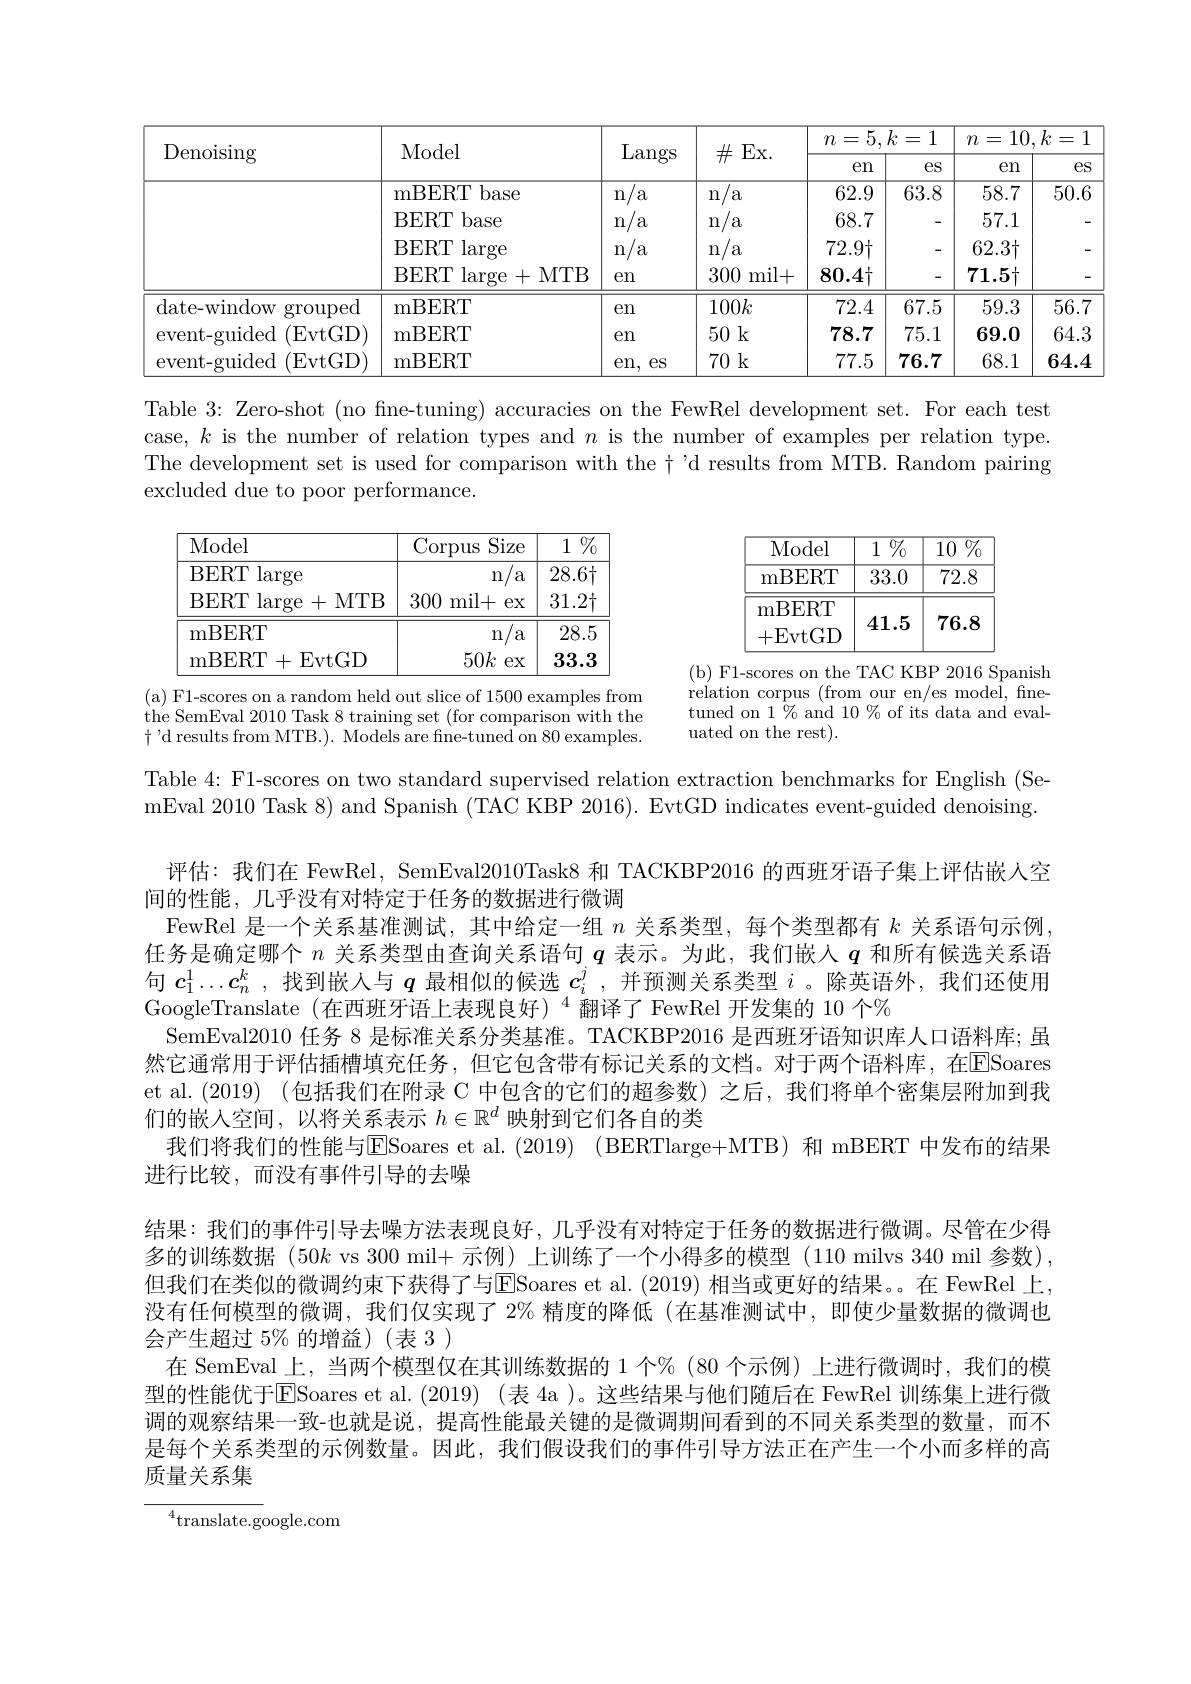
<table>
	<tbody>
		<tr>
			<th rowspan="2">Denoising</th>
			<th rowspan="2">Model</th>
			<th rowspan="2">Langs</th>
			<th> </th>
			<th colspan="2">$=5,k=1$ = $m$</th>
			<th colspan="2">$n=$ $10,k=$</th>
		</tr>
		<tr>
			<th>$\textit{サ 山 }\Lambda .$</th>
			<th>$en$</th>
			<th>$eS$</th>
			<th>en</th>
			<th>$e$</th>
		</tr>
		<tr>
			<td> </td>
			<td>mBERT base</td>
			<td>$\Upsilon n$ $a$</td>
			<td>$n$ a</td>
			<td>62.9</td>
			<td>63.8</td>
			<td>58.7</td>
			<td>$\overline{50.}$</td>
		</tr>
		<tr>
			<td> </td>
			<td>BERT base</td>
			<td>$a$ $\Upsilon n$</td>
			<td>n $a$</td>
			<td>68.7</td>
			<td>-</td>
			<td>57.1</td>
			<td> </td>
		</tr>
		<tr>
			<td> </td>
			<td>BERT $\operatorname{large}$</td>
			<td>$\Upsilon n$ $a$</td>
			<td>n $a$</td>
			<td>$72.9\dag$</td>
			<td>-</td>
			<td>$62.3\dag$</td>
			<td> </td>
		</tr>
		<tr>
			<td> </td>
			<td>BERT large+ MTB</td>
			<td>en</td>
			<td>300 mil+</td>
			<td>80.4</td>
			<td>-</td>
			<td>71.5十</td>
			<td> </td>
		</tr>
		<tr>
			<td>date- window grouped</td>
			<td>mBERT</td>
			<td>en</td>
			<td>$100k$</td>
			<td>72.4</td>
			<td>67.5</td>
			<td>59.3</td>
			<td>56.</td>
		</tr>
		<tr>
			<td>event-guided (EvtGD</td>
			<td>mBERT</td>
			<td>en</td>
			<td>50k</td>
			<td>78.7</td>
			<td>75.1</td>
			<td>69.0</td>
			<td>64.</td>
		</tr>
		<tr>
			<td>event-guided (EvtGD)</td>
			<td>mBERT</td>
			<td>en, $eS$</td>
			<td>70k</td>
			<td>77.5</td>
			<td>76.7</td>
			<td>68.1</td>
			<td>64.</td>
		</tr>
	</tbody>
</table>

Table 3: Zero-shot (no fne-tuning) accuracies on the FewRel development set. For each test case, $k$ is the number of relation types and $n$ is the number of examples per relation type. The development set is used for comparison with the t'd results from MTB. Random pairing excluded due to poor performance.

$\begin{array}{c|ccc}{\mathrm{Model}}&{1\%}&{10\%}\end{array}$ $\begin{array}{c|cc}{\mathrm{mBERT}}&{33.0}&{72.8}\end{array}$ mBERT
$41.5\mid76.8$
+EvtGD

<table>
	<tbody>
		<tr>
			<th>Model</th>
			<th>Corpus Size</th>
			<th>1 $\%$</th>
		</tr>
		<tr>
			<td>BERT large </td>
			<td>n $I2A$</td>
			<td>$28.6\dagger$</td>
		</tr>
		<tr>
			<td>BERT large+MTB</td>
			<td>300 mil+ $eX$</td>
			<td>$31.2\dagger$</td>
		</tr>
		<tr>
			<td>mBERT</td>
			<td>n $^{/}$a</td>
			<td>28.5</td>
		</tr>
		<tr>
			<td>mBERT $\Gamma+$EvtGD</td>
			<td>$50k$ $ex$</td>
			<td>33.3</td>
		</tr>
	</tbody>
</table>

(b) F1-scores on the TAC KBP 2016 Spanish relation corpus (from our en/es model, finetuned on 1 $\tilde{\%}_{0}$ and 10 % of its data and evaluated on the rest).

( a) F1- scores on a random held out slice of 1500 examples from the SemEval 2010 Task 8 training set ( for comparison with the $\dagger$'d results from MTB.). Models are fine-tuned on 80 examples.

Table 4: F1-scores on two standard supervised relation extraction benchmarks for English (SemEval 2010 Task 8) and Spanish (TAC KBP 2016). EvtGD indicates event-guided denoising.
评估：我们在 FewRel, SemEval2010Task8 和 TACKBP2016 的西班牙语子集上评估嵌人空
间的性能，几乎没有对特定于任务的数据进行微调
FewRel 是一个关系基准测试，其中给定一组$n$关系类型，每个类型都有$k$关系语句示例， 任务是确定哪个$n$关系类型由查询关系语句$q$表示。为此，我们嵌入$q$和所有候选关系语句$c_1^1\ldots c_n^k$ ,找到嵌人与$q$最相似的候选$c_i^j$ ,并预测关系类型$i$ 。除英语外，我们还使用GoogleTranslate (在西班牙语上表现良好)“翻译了FewRel 开发集的 10 个%
SemEval2010 任务 8 是标准关系分类基准。TACKBP2016 是西班牙语知识库人口语料库；虽然它通常用于评估插槽填充任务，但它包含带有标记关系的文档。对于两个语料库，在$\overline{\mathrm{E}}$Soares et al.(2019)(包括我们在附录 C 中包含的它们的超参数)之后，我们将单个密集层附加到我们的嵌人空间，以将关系表示$h\in\mathbb{R}^d$映射到它们各自的类
我们将我们的性能与$\overline{\mathrm{E}}$Soares et al.(2019) (BERTlarge+MTB) 和 mBERT 中发布的结果
进行比较，而没有事件引导的去噪
结果：我们的事件引导去噪方法表现良好，几乎没有对特定于任务的数据进行微调。尽管在少得多的训练数据$(50k$ vs 300 mil+ 示例)上训练了一个小得多的模型(110 milvs 340 mil 参数), 但我们在类似的微调约束下获得了与ESoares et al.(2019) 相当或更好的结果。。在 FewRel 上， 没有任何模型的微调，我们仅实现了 2% 精度的降低 (在基准测试中，即使少量数据的微调也会产生超过$5\%$的增益)(表 3)
在 SemEval 上，当两个模型仅在其训练数据的 1 个% (80 个示例) 上进行微调时，我们的模型的性能优于$\boxed{\mathrm{E}}$Soares et al.(2019)(表 4a )。这些结果与他们随后在 FewRel 训练集上进行微调的观察结果一致-也就是说，提高性能最关键的是微调期间看到的不同关系类型的数量，而不是每个关系类型的示例数量。因此，我们假设我们的事件引导方法正在产生一个小而多样的高质量关系集

${{\overline{{^4}}}\mathrm{translate.g}}$oogle.com